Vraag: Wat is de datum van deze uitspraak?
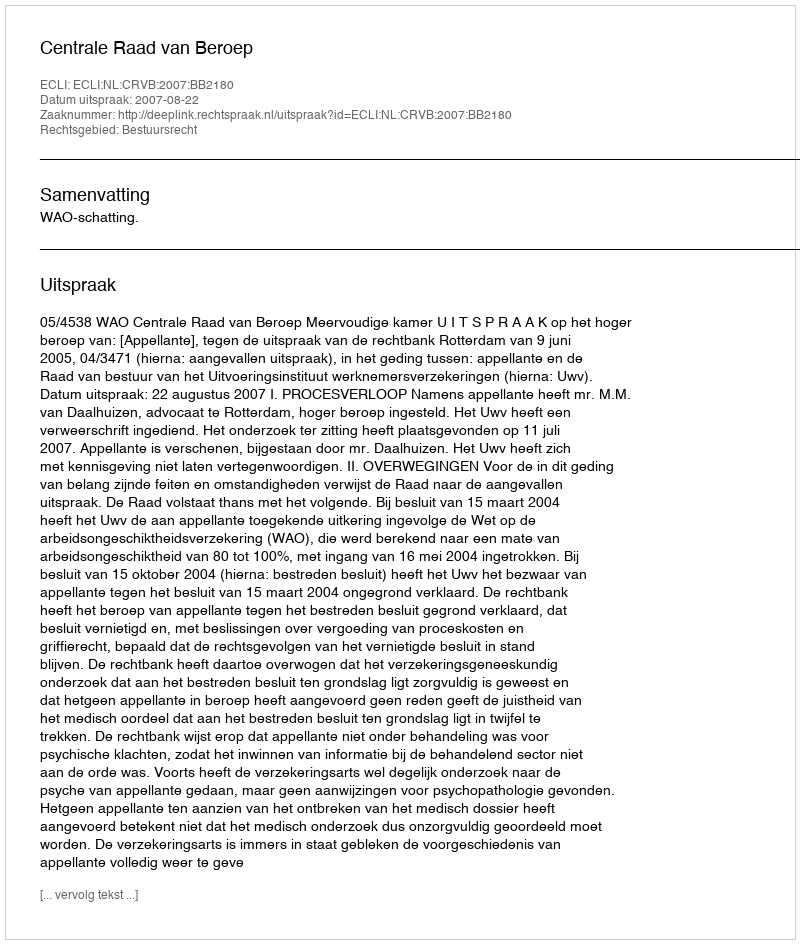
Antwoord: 2007-08-22